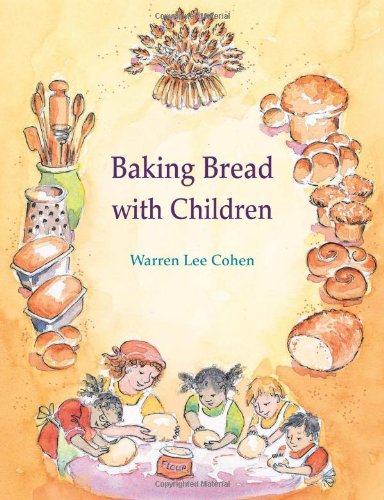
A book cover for Baking Bread with Children (Crafts Series); Warren Lee Cohen; Teen & Young Adult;